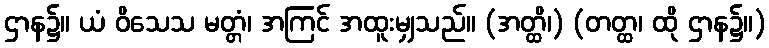
ဌာန၌။ ယံ ဝိသေသ မတ္တံ၊ အကြင် အထူးမျှသည်။ (အတ္ထိ၊) (တတ္ထ၊ ထို ဌာန၌။)